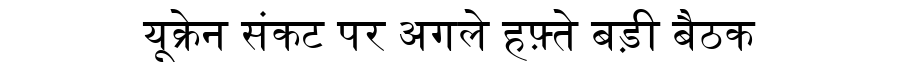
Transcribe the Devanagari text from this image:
यूक्रेन संकट पर अगले हफ़्ते बड़ी बैठक